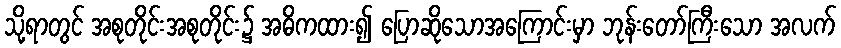
သို့ရာတွင် အစုတိုင်းအစုတိုင်း၌ အဓိကထား၍ ပြောဆိုသောအကြောင်းမှာ ဘုန်းတော်ကြီးသော အလက်